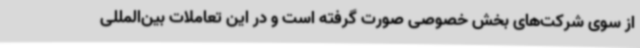
از سوی شرکت‌های بخش خصوصی صورت گرفته است و در این تعاملات بین‌المللی